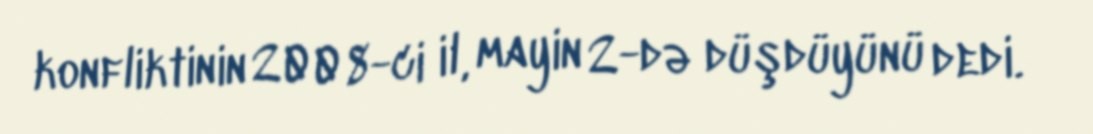
konfliktinin 2008-ci il, mayin 2-də düşdüyünü dedi.